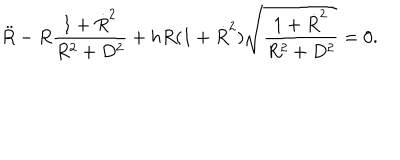
LaTeX: { \ddot { R } } - R \frac { 1 + { \dot { R } } ^ { 2 } } { R ^ { 2 } + D ^ { 2 } } + h R ( 1 + { \dot { R } } ^ { 2 } ) \sqrt { \frac { 1 + { \dot { R } } ^ { 2 } } { R ^ { 2 } + D ^ { 2 } } } = 0 .